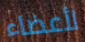
لأعضاء